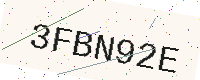
Text: 3FBN92E